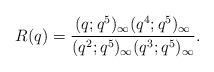
LaTeX: \begin{align*}R(q)=\dfrac{(q;q^{5})_{\infty}(q^{4};q^{5})_{\infty}}{(q^{2};q^{5})_{\infty}(q^{3};q^{5})_{\infty}}.\end{align*}